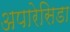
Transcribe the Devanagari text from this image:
अपारेसिडा